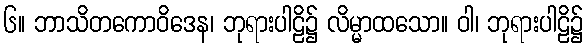
၆။ ဘာသိတကောဝိဒေန၊ ဘုရားပါဠိ၌ လိမ္မာထသော။ ဝါ၊ ဘုရားပါဠိ၌